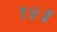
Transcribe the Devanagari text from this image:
१४॥